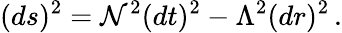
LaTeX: (ds)^{2}=\mathcal{N}^{2}(dt)^{2}-\Lambda^{2}(dr)^{2}\, .